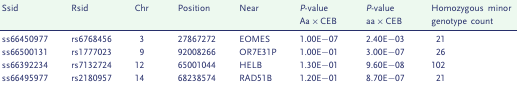
<table><thead><tr><td rowspan="2"><b>Ssid</b></td><td rowspan="2"><b>Rsid</b></td><td rowspan="2"><b>Chr</b></td><td rowspan="2"><b>Position</b></td><td rowspan="2"><b>Near</b></td><td><b><i>P</i>-value</b></td><td><b><i>P</i>-value</b></td><td rowspan="2"><b>Homozygous minor genotype count</b></td></tr><tr><td><b>Aa × CEB</b></td><td><b>aa × CEB</b></td></tr></thead><tbody><tr><td>ss66450977</td><td>rs6768456</td><td>3</td><td>27867272</td><td>EOMES</td><td>1.00E−07</td><td>2.40E−03</td><td>21</td></tr><tr><td>ss66500131</td><td>rs1777023</td><td>9</td><td>92008266</td><td>OR7E31P</td><td>1.00E−01</td><td>3.00E−07</td><td>26</td></tr><tr><td>ss66392234</td><td>rs7132724</td><td>12</td><td>65001044</td><td>HELB</td><td>1.30E−01</td><td>9.60E−08</td><td>102</td></tr><tr><td>ss66495977</td><td>rs2180957</td><td>14</td><td>68238574</td><td>RAD51B</td><td>1.20E−01</td><td>8.70E−07</td><td>21</td></tr></tbody></table>